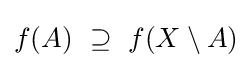
f(A)~\supseteq ~f(X\setminus A)